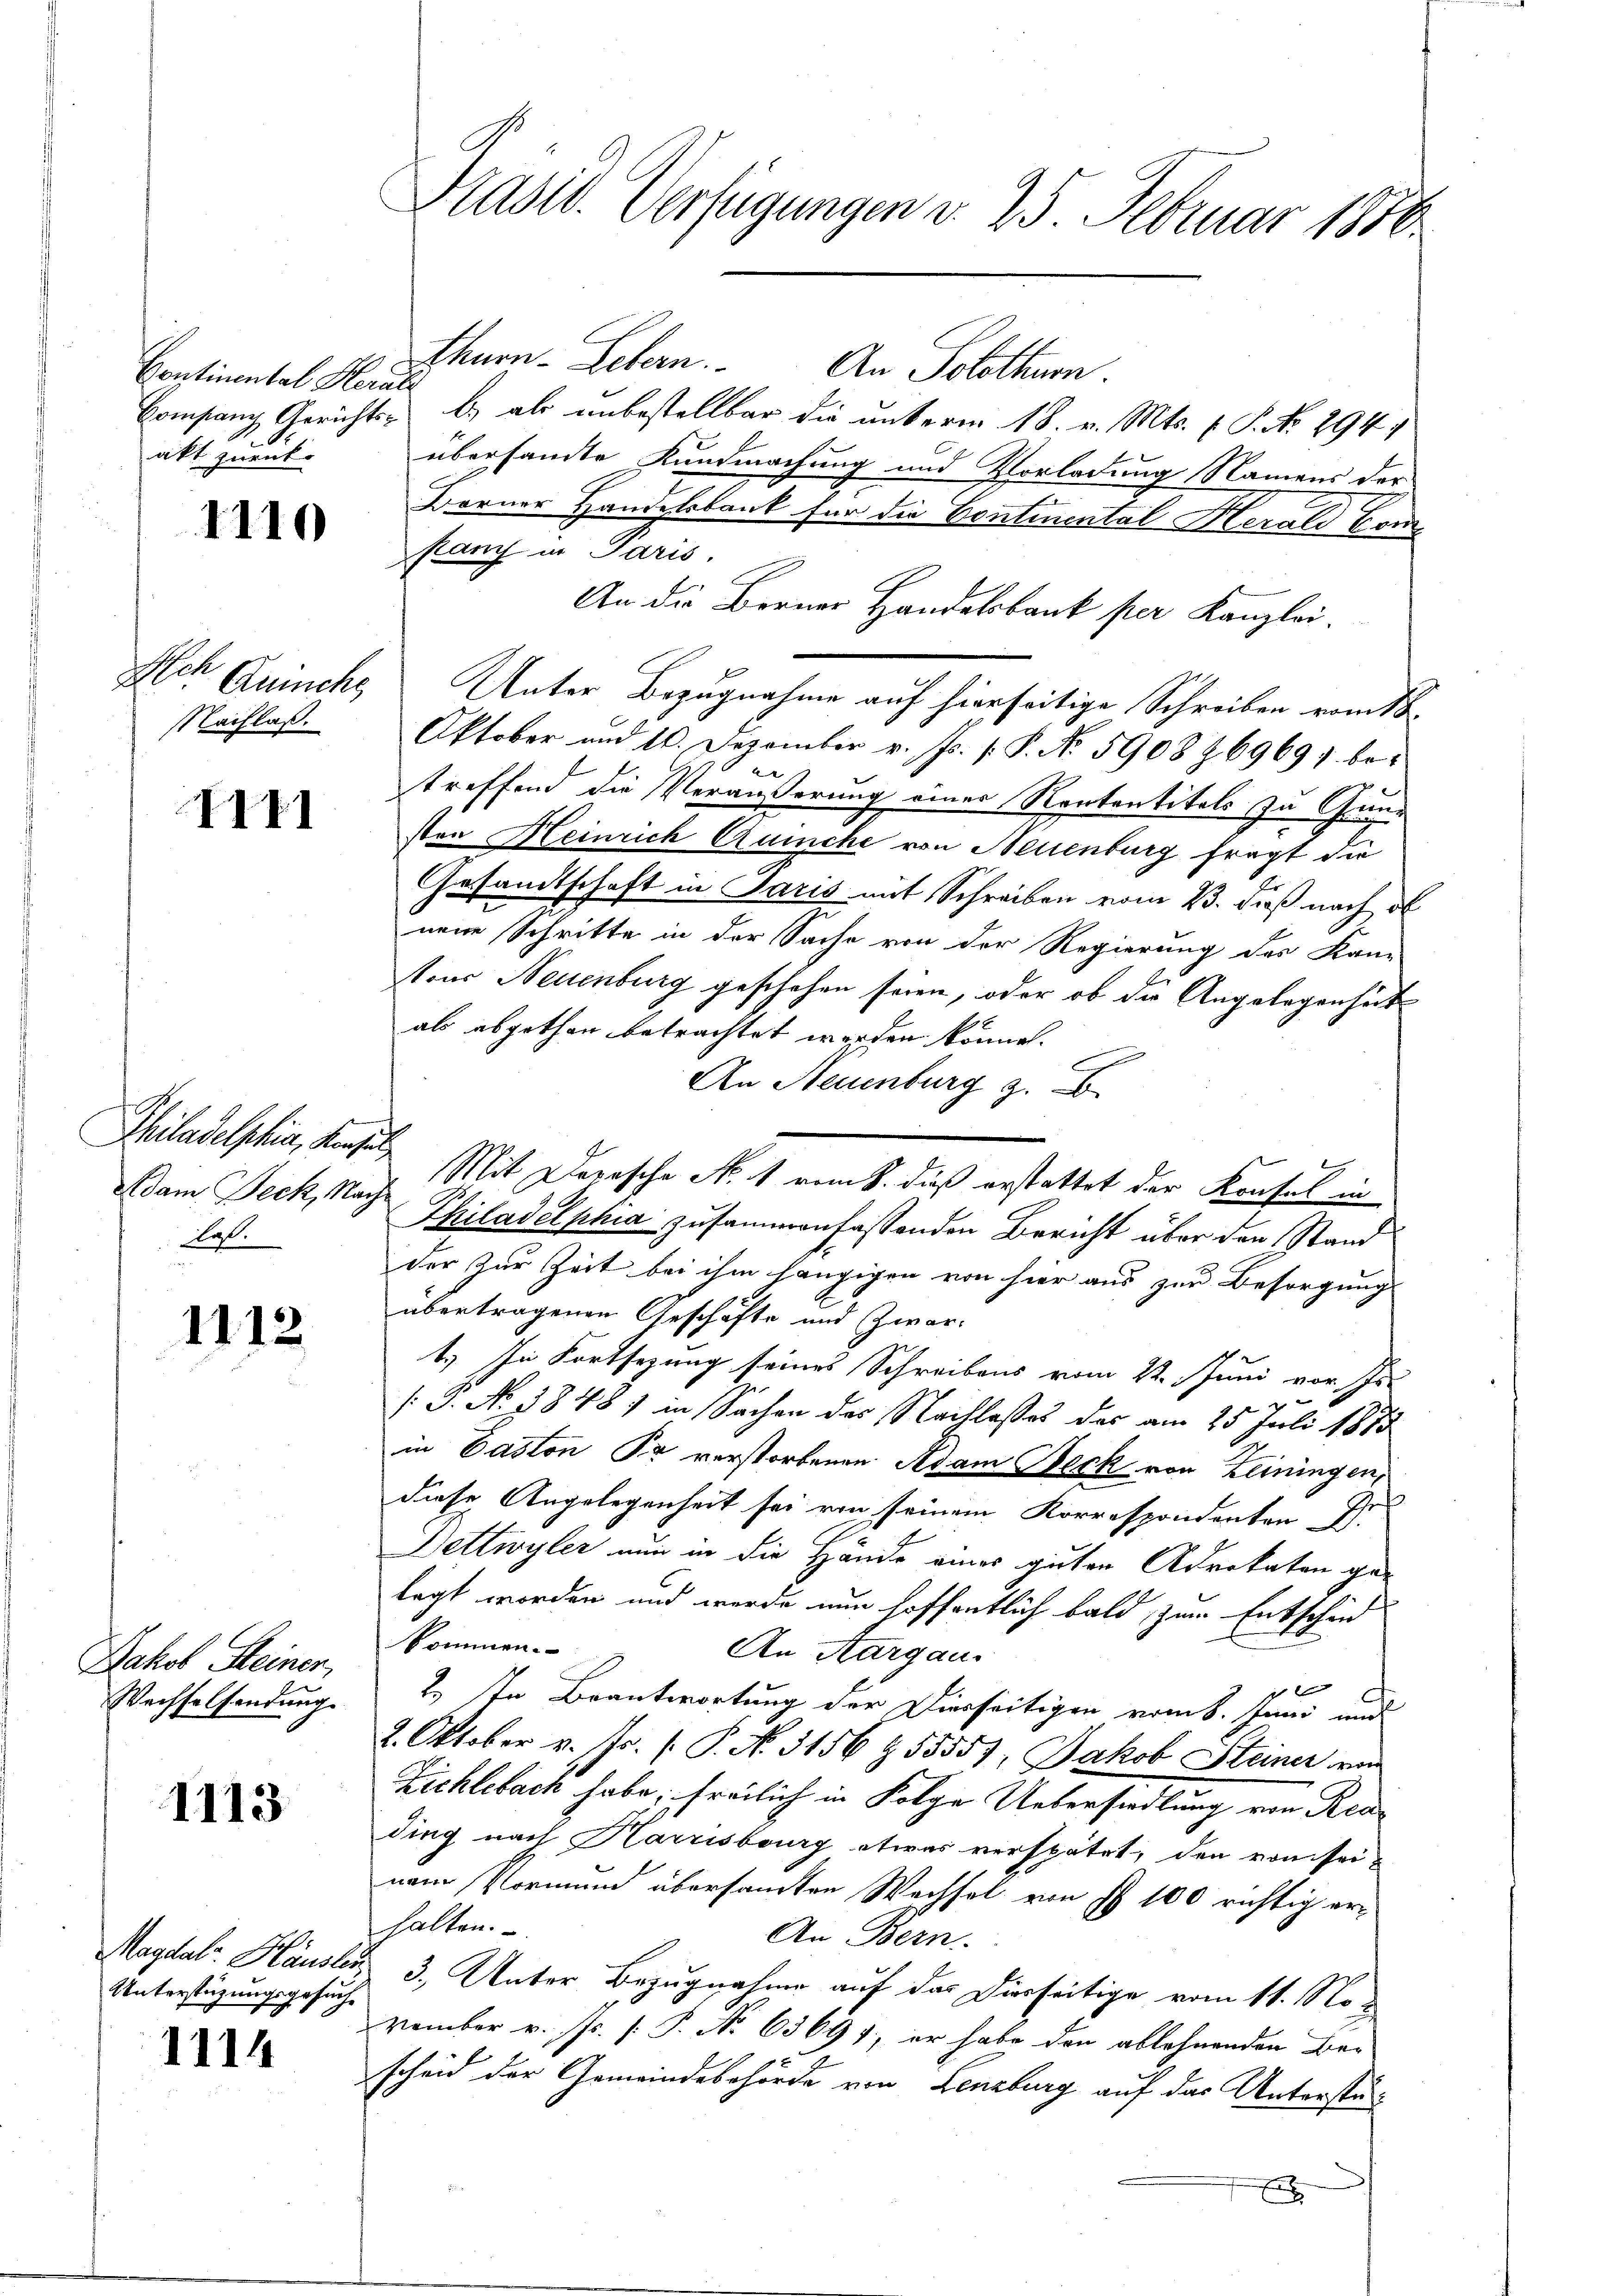
Continental Herali
akt zurück-

1110

Alch Quinche
NNachlaß.

III1

Philadelphia, Kenzel
Adam Jeck, Nachlat.

1112

Jakob Steiner,
Wechselsendung.

1113

d
Unterstüzungsgesuch

1114

Präsid. Verfügungen v. 25 Februar 1886.

thurn. Lebern. An Solothurn.
Comfang Gerichts- u. als unbestellbar die unterm 18. v. Mts. (T. No. 2947
übersandte Kundmachung und Vorladung Namens der
Berner Handelsbank für die Contiental Herald Con
panz in Paris,
An die Berner Handelsbank per Kanzlei.
Unter Bezugnahme auf hierseitige Schreiben vom 16.
Oktober und 10. Dezember v. Js. f. P. No. 5908 Z 69691. betreffend die Veräußerung einer Rententitels zu Gund
sten Heinrich Ruche von Neuenburg fragt die
Gesandtschaft in Paris mit Schreiben vom 23. dieß nach d
nene Schritte in der Sache von der Regierung des Kan-
tons Neuenburg geschehen seien, oder ob die Angelegenheit
als abgethan betrachtet werden können.
e
An Neuenburg z. B.
Mit Depesche N. 1 vom 8. dieß erstattet der Konsul in
Philadelphia zusammenfassenden Bericht über den Stand
der zur Zeit bei ihm hängigen von hier aus zur Besorgung
übertragenen Geschäfte und Zwar-
1.) In Fortsezung seines Schreibens vom 2ten Juni vor Jus
/J. No 3848) in Sachen des Nachlasses das am 25. Juli 1883
in Paston Pr. verstorbenen Adam Beck von Leiningen,
diese Angelegenheit sei von seinem Korrespondenten Dr.
Dettwyler nun in die Hände eines guten Advokaten ge-
lagt worden und werde nun hoffentlich bald zum Entscheid
kommen.
An Aargau.
x
2. In Beantwortung der Dierseitigen vom 6. Juni und
2. Oktober v. Js. /. P. No. 3156 § 55557, Jakob Steiner von
Zichlebach habe, freilich in Folge Unterhandlung von Reading nach Harrisburg etwas verspätet, den von seinem Vormund übersamten Wechsel von § 100 richtig erhalten.
An Bern.
Magdal-Hausler 3. Unter Bezugnahme auf das Dierseitige vom 11. November v. Js. [: P. No 63691, er habe den ablehnenden Be-
scheid der Gemeindebehörde von Lenzburg auf das Unterstüx